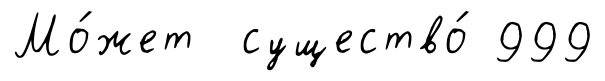
Мо́жет существо́ 999